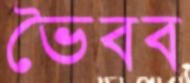
ভৈবব